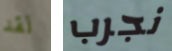
لقد نجرب